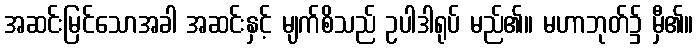
အဆင်းမြင်သောအခါ အဆင်းနှင့် မျက်စိသည် ဥပါဒါရုပ် မည်၏။ မဟာဘုတ်၌ မှီ၏။